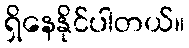
ရှိနေနိုင်ပါတယ်။